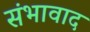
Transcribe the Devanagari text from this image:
संभावाद